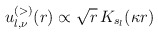
\begin{align*}u^{(>)}_{l,\nu} (r) \propto \sqrt{r}\, K_{s_{l}}(\kappa r)\;\end{align*}